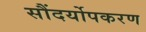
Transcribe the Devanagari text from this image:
सौंदर्योपकरण